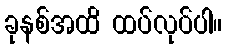
ခုနစ်အထိ ထပ်လုပ်ပါ။